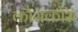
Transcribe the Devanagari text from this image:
कौसकौस